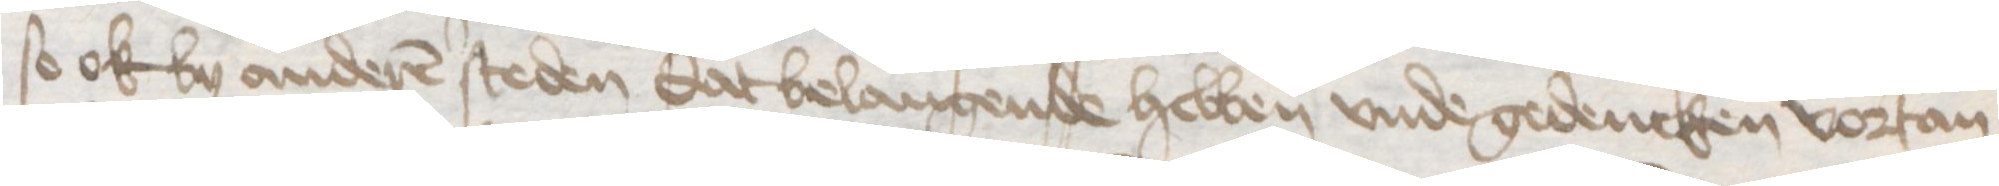
so ok by anderen steden dat belangende hebben vnde gedencken vortan